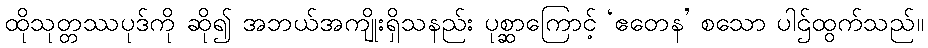
ထိုသုတ္တဿပုဒ်ကို ဆို၍ အဘယ်အကျိုးရှိသနည်း ပုစ္ဆာကြောင့် ‘ဧတေန’ စသော ပါဌ်ထွက်သည်။